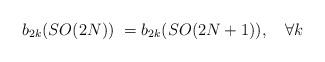
LaTeX: \begin{align*}b_{2k}(SO(2N))\ = b_{2k}(SO(2N+1)), \quad \forall k\end{align*}